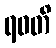
ရဝတိ